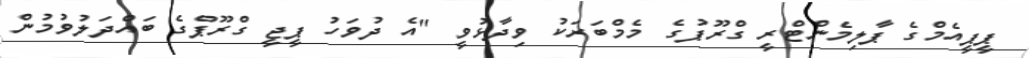
ޕީޕީއެމްގެ ޕާލިމެންޓްރީ ގްރޫޕުގެ މެމްބަރަކު ވިދާޅުވީ "އެ ދުވަހު ޕީޖީ ގްރޫޕްގެ ބައްދަލުވުމުން